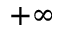
+ \infty